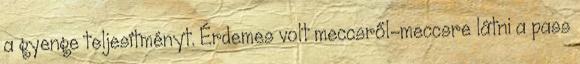
a gyenge teljesítményt. Érdemes volt meccsről-meccsre látni a pass